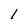
Character: 1